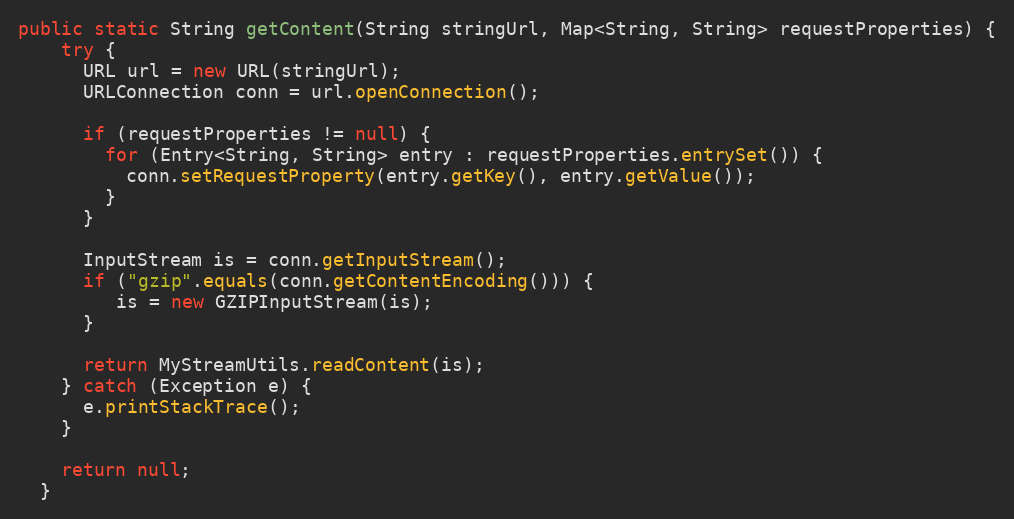
Language: Java
public static String getContent(String stringUrl, Map<String, String> requestProperties) {
    try {
      URL url = new URL(stringUrl);
      URLConnection conn = url.openConnection();

      if (requestProperties != null) {
        for (Entry<String, String> entry : requestProperties.entrySet()) {
          conn.setRequestProperty(entry.getKey(), entry.getValue());
        }
      }

      InputStream is = conn.getInputStream();
      if ("gzip".equals(conn.getContentEncoding())) {
         is = new GZIPInputStream(is);
      }

      return MyStreamUtils.readContent(is);
    } catch (Exception e) {
      e.printStackTrace();
    }

    return null;
  }